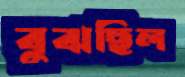
বুঝছিল